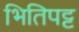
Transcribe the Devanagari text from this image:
भितिपट्ट